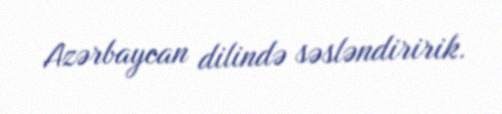
Azərbaycan dilində səsləndiririk.